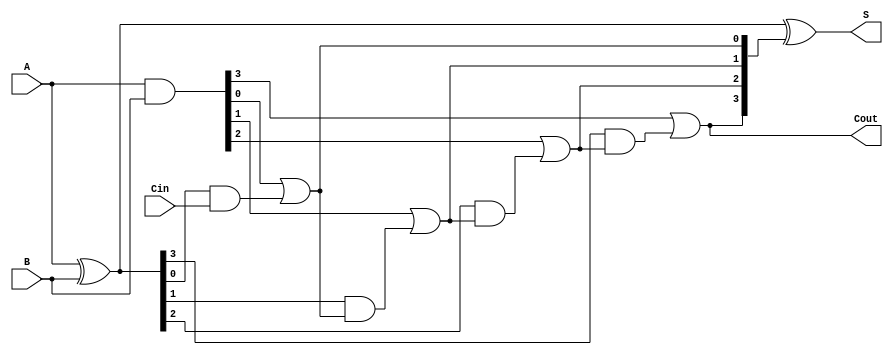
module RCLA #(parameter n = 4) (
    input  [n-1:0] A,      // First n-bit input
    input  [n-1:0] B,      // Second n-bit input
    input          Cin,     // Carry-in
    output [n-1:0] S,      // n-bit sum output
    output         Cout     // Carry-out
);

    wire [n-1:0] G;        // Generate signals
    wire [n-1:0] P;        // Propagate signals
    wire [n:0] C;          // Carry signals

    // Generate and Propagate logic
    assign G = A & B;      // Generate: Gi = Ai * Bi
    assign P = A ^ B;      // Propagate: Pi = Ai XOR Bi

    // Carry generation
    assign C[0] = Cin;     // Initial carry-in
    genvar i;
    generate
        for (i = 0; i < n; i = i + 1) begin : carry_gen
            assign C[i + 1] = G[i] | (P[i] & C[i]); // Carry: Ci+1 = Gi + (Pi * Ci)
        end
    endgenerate

    // Sum calculation
    assign S = P ^ C[n:1]; // Sum: Si = Pi XOR Ci

    // Carry-out
    assign Cout = C[n];    // Final carry-out

endmodule